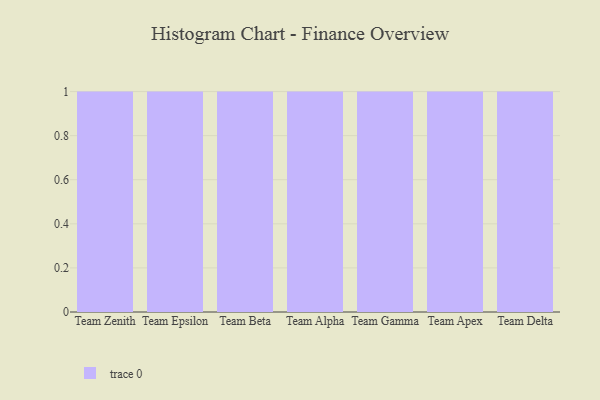
{"axis": {"x": "Team", "y": "Operating Costs (USD K)"}, "legend": [""], "data": [{"x": "Team Zenith", "y": 10, "type": ""}, {"x": "Team Epsilon", "y": 3, "type": ""}, {"x": "Team Beta", "y": 65, "type": ""}, {"x": "Team Alpha", "y": 85, "type": ""}, {"x": "Team Gamma", "y": 51, "type": ""}, {"x": "Team Apex", "y": 95, "type": ""}, {"x": "Team Delta", "y": 28, "type": ""}]}